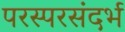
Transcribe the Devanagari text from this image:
परस्परसंदर्भ